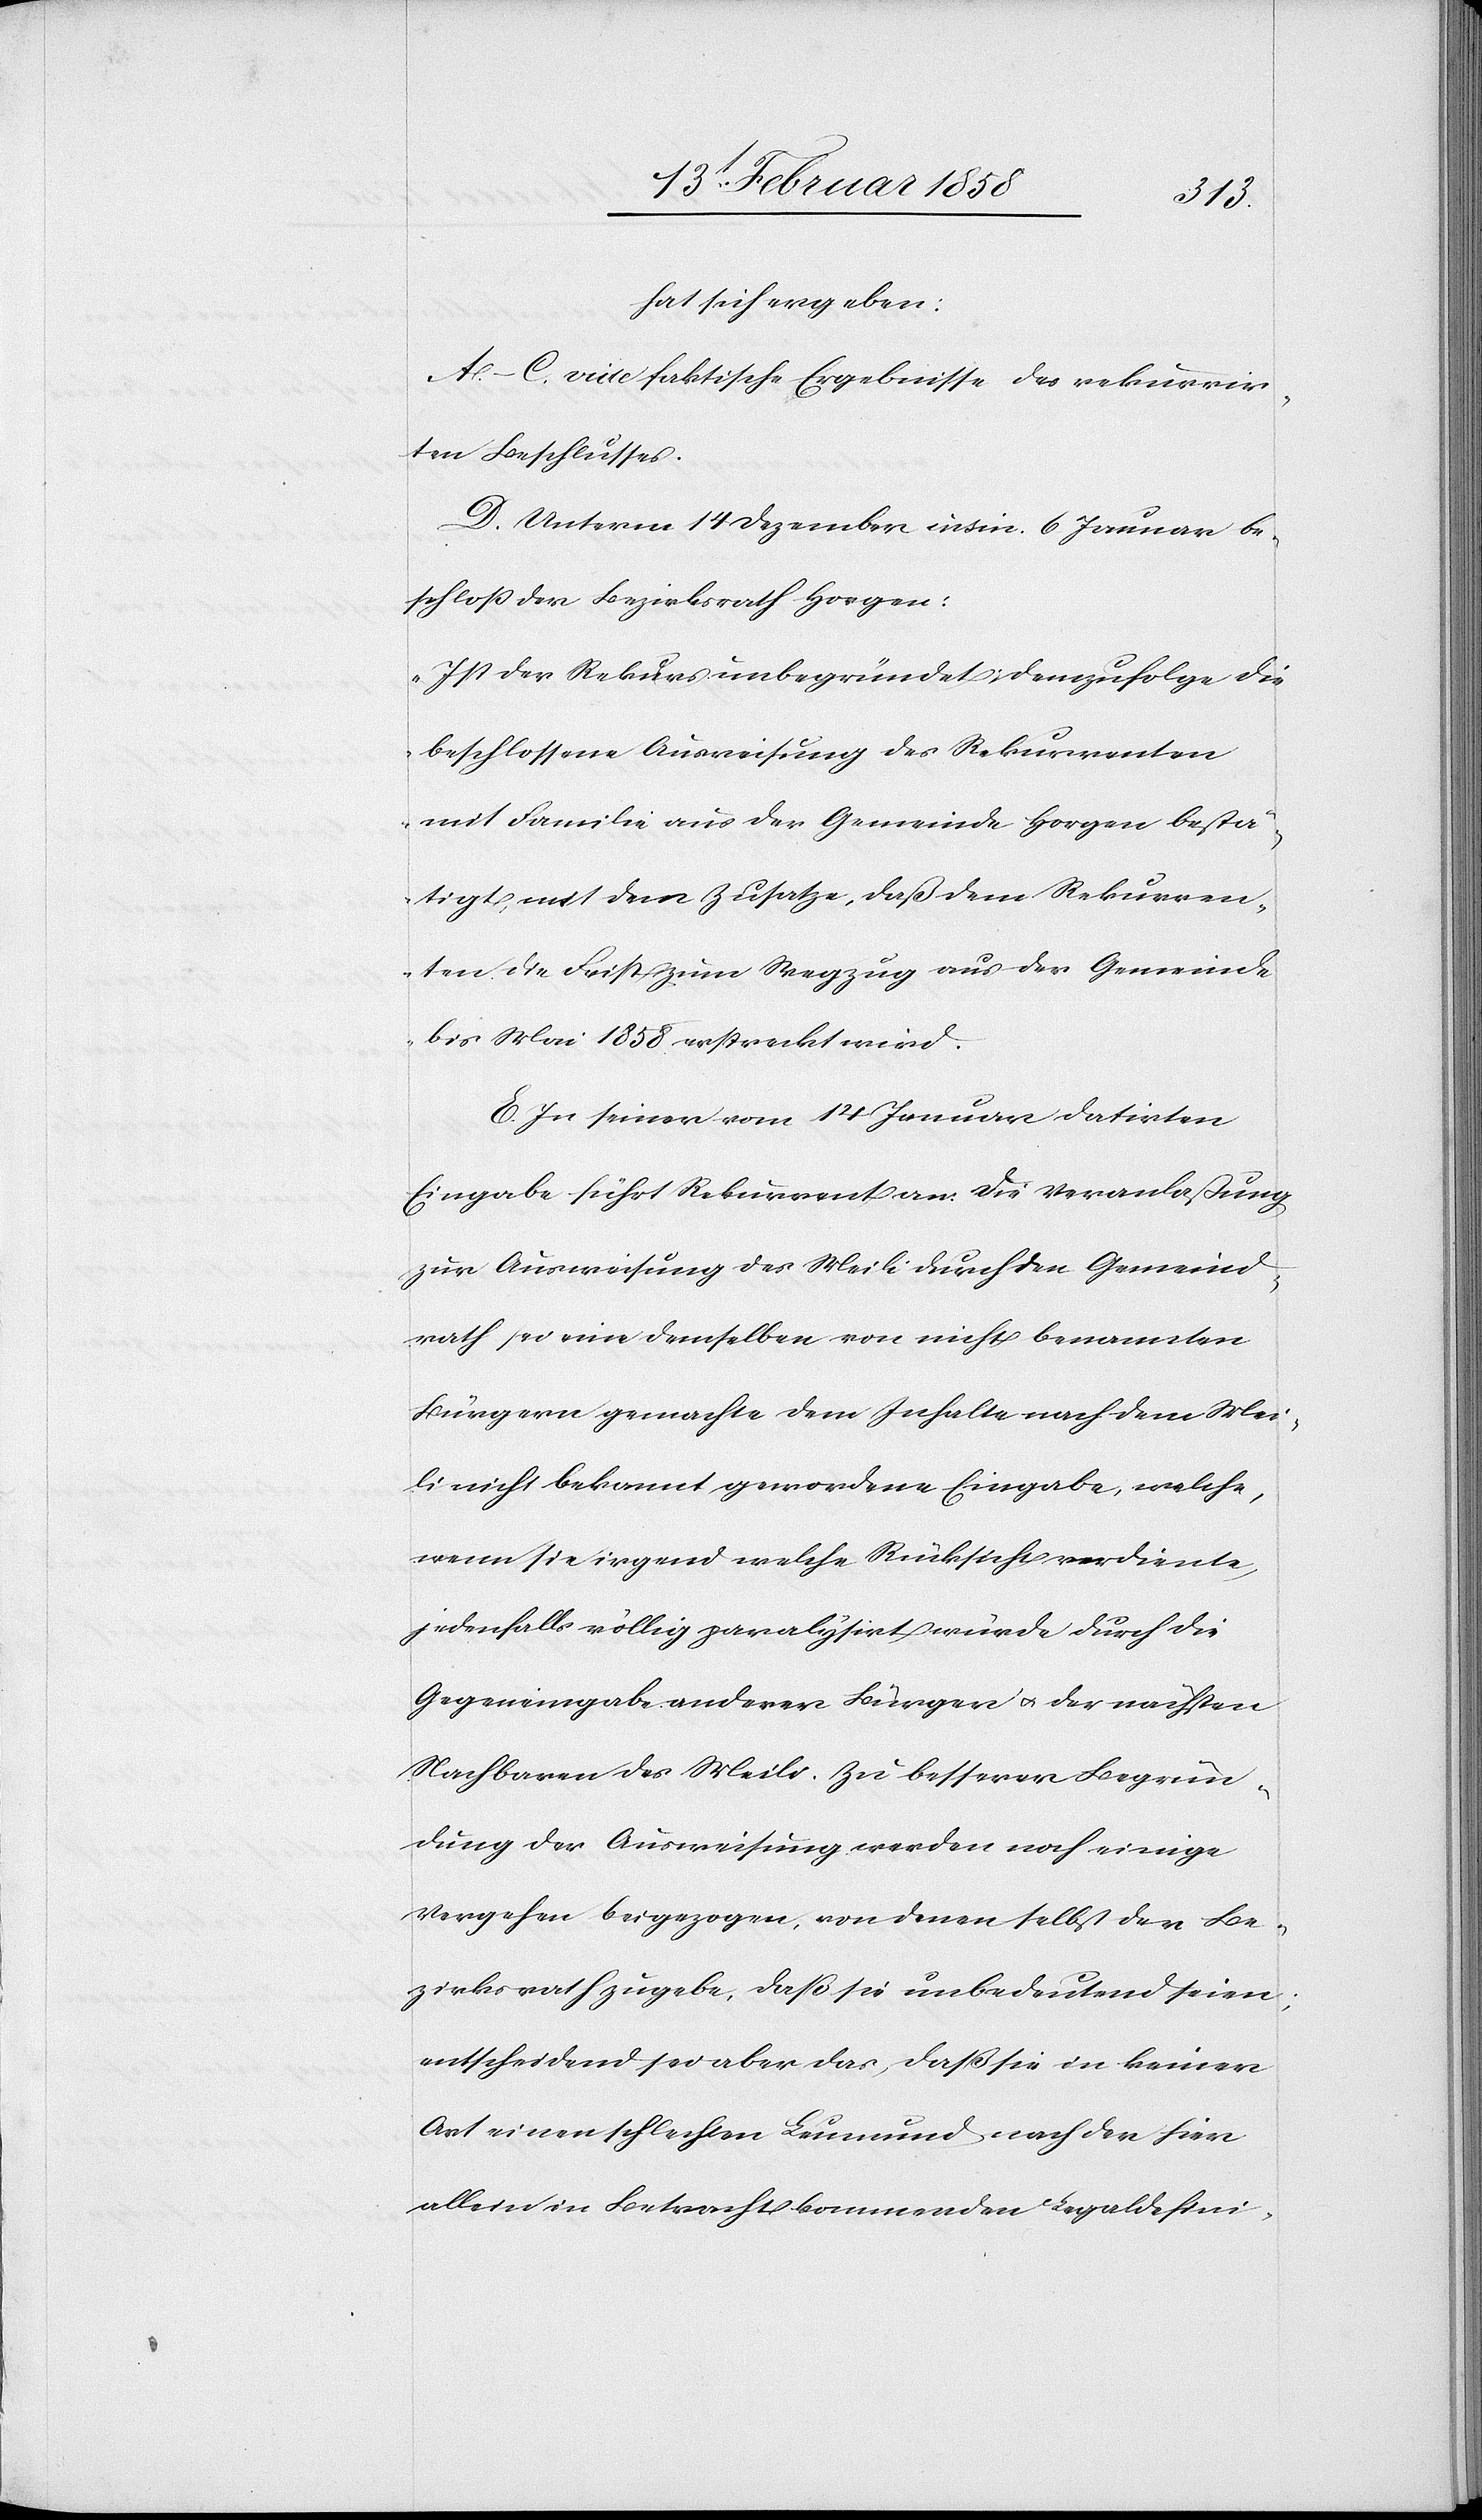
hat sich ergeben:
A–C. vide faktische Ergebnisse des rekurrir¬
ten Beschlusses.
D. Unterm 14 Dezember insin. 6 Januar be¬
schloß der Bezirksrath Horgen:
„Ist der Rekurs unbegründet, demzufolge die
beschlossene Ausweisung des Rekurrenten
mit Familie aus der Gemeinde Horgen bestä¬
tigt, mit dem Zusatze, daß dem Rekurren¬
ten die Frist zum Wegzug aus der Gemeinde
bis Mai 1858 erstreckt wird.[“]
E. In seiner vom 14 Januar datirten
Eingabe führt Rekurrent an: Die Veranlaßung
zur Ausweisung des Meili durch den Gemeind¬
rath sei eine demselben von nicht benannten
Bürgern gemachte dem Inhalte nach dem Mei¬
li nicht bekannt gewordene Eingabe, welche,
wenn sie irgend welche Rücksicht verdiente,
jedenfalls völlig paralysirt würde durch die
Gegeneingabe anderer Bürger u. der nächsten
Nachbaren des Meili. Zu besserer Begrün¬
dung der Ausweisung werden noch einige
Vergehen beigezogen, von denen selbst der Be¬
zirksrath zugebe, daß sie unbedeutend seien;
entscheidend sei aber das, daß sie in keiner
Art einen schlechten Leumund nach der hier
allein in Betracht kommenden Legaldefini-